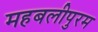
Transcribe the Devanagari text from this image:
महबलीपुरम